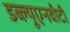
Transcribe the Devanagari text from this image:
डब्ल्यूएनवीटी